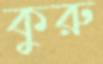
কুরু